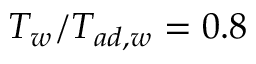
T _ { w } / T _ { a d , w } = 0 . 8